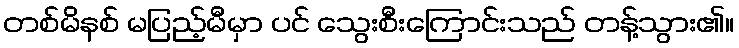
တစ်မိနစ် မပြည့်မီမှာ ပင် သွေးစီးကြောင်းသည် တန့်သွား၏။